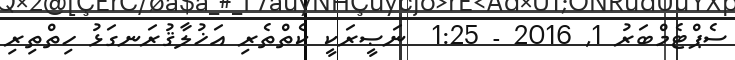
ސެޕްޓެމްބަރު 1